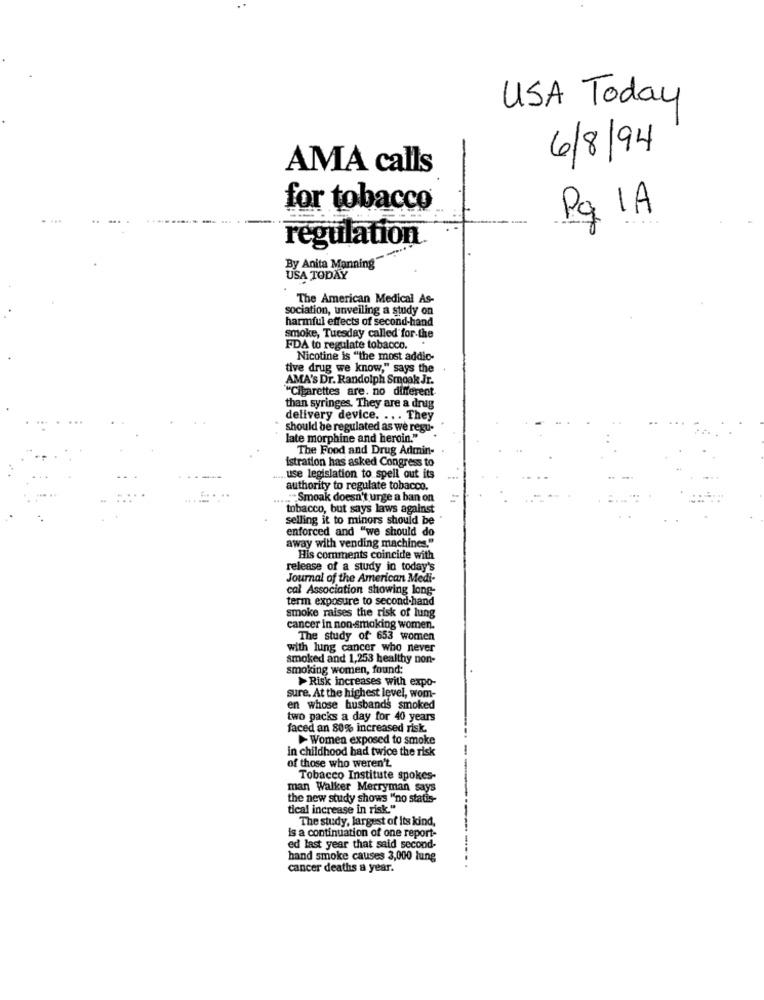
USA Today
6/8/94
AMA calls
for tobacco
Pq 1A
regulation
By Anita Manning"
USA TODAY
The American Medical As-
sociation, unveiling a study on
harmful effects of second-hand
smoke, Tuesday called for the
FDA to regulate tobacco. .
Nicotine is "the most addic-
tive drug we know," says the
AMA's Dr. Randolph Smoak Jr.
"Cigarettes are. no different
than syringes. They are a dnig
delivery device. ... They
should be regulated as we regu-
late morphine and heroin."
The Food and Drug Admin-
Istration has asked Congress to
... use legislation to spell out its
authority to regulate tobacco.
Smoak doesn't urge a ban on
tobacco, but says laws against
selling it to minors should be
enforced and "we should do
away with vending machines."
His comments coincide with
release of a study in today's
Journal of the American Medi-
cal Association showing long-
term exposure to second-hand
smoke raises the risk of lung
cancer in non-smoking women.
The study of 653 women
with lung cancer who never
smoked and 1,253 healthy non-
smoking women, found:
>Risk increases with expo-
sure. At the highest level, wom-
en whose husbands smoked
two packs a day for 40 years
faced an 80% increased risk.
Women exposed to smoke
in childhood had twice the risk
of those who weren't
Tobacco Institute spokes-
man Walker Merryman says
the new study shows "no statis-
tical increase in risk."
The study, largest of Its kind,
is a continuation of one report-
ed last year that said second-
hand smoke causes 3,000 lung
cancer deaths a year.